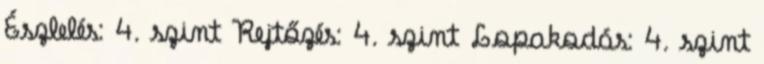
Észlelés: 4. szint Rejtőzés: 4. szint Lopakodás: 4. szint